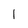
Character: 1